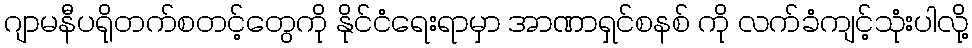
ဂျာမနီပရိုတက်စတင့်တွေကို နိုင်ငံရေးရာမှာ အာဏာရှင်စနစ် ကို လက်ခံကျင့်သုံးပါလို့